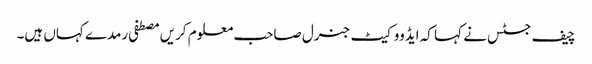
چیف جسٹس نے کہا کہ ایڈووکیٹ جنرل صاحب معلوم کریں مصطفی رمدے کہاں ہیں۔